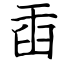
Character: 臿